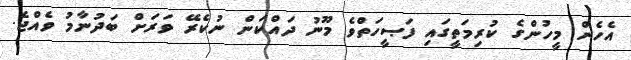
އެހެން މީހުންގެ ކުރިމަތީގައި ފަޞީހަތްވެ މޫނު ދައްކަން ނުކެރޭ ވަރަށް ބަދުނާމު ވެއްޖެ.